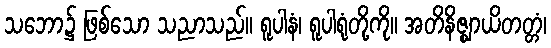
သဘော၌ ဖြစ်သော သညာသည်။ ရူပါနံ၊ ရူပါရုံတို့ကို။ အတိနိဇ္ဈာယိတတ္တံ၊